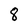
Character: 8